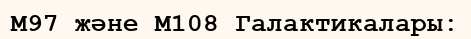
M97 және M108 Галактикалары: